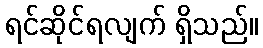
ရင်ဆိုင်ရလျက် ရှိသည်။